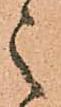
之